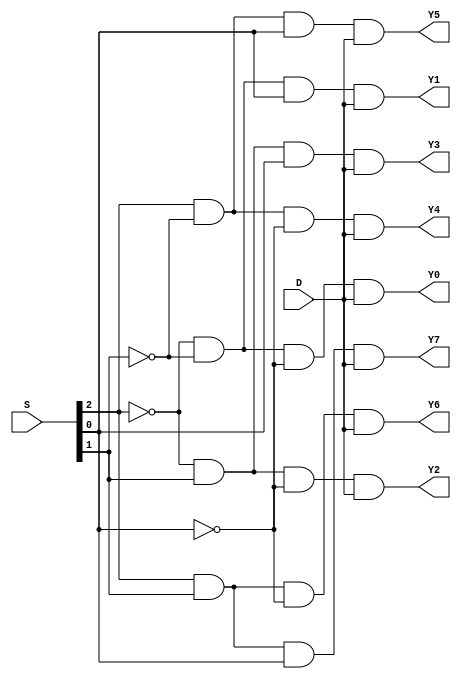
module demux_1to8_glr(input D,input [2:0] S,output Y0,Y1,Y2,Y3,Y4,Y5,Y6,Y7);
wire inv0,inv1,inv2;
not n1(inv0,S[0]);
not n2(inv1,S[1]);
not n3(inv2,S[2]);
and u1(Y0,inv2,inv1,inv0,D);
and u2(Y1,inv2,inv1,S[0],D);
and u3(Y2,inv2,S[1],inv0,D);
and u4(Y3,inv2,S[1],S[0],D);
and u5(Y4,S[2],inv1,inv0,D);
and u6(Y5,S[2],inv1,S[0],D);
and u7(Y6,S[2],S[1],inv0,D);
and u8(Y7,S[2],S[1],S[0],D);
endmodule